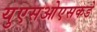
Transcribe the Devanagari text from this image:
युएसओएसकडे